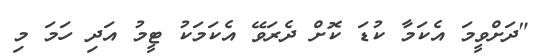
"ދަށްވީމަ އެކަމާ ކުޑަ ކޮށް ދެރަވޭ އެކަމަކު ޓީމު އަދި ހަމަ މި